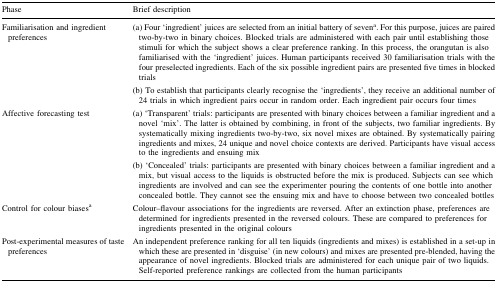
<table><thead><tr><td><b>Phase</b></td><td><b>Brief description</b></td></tr></thead><tbody><tr><td rowspan="2">Familiarisation and ingredient preferences</td><td>(a) Four ‘ingredient’ juices are selected from an initial battery of seven<sup>a</sup>. For this purpose, juices are paired two-by-two in binary choices. Blocked trials are administered with each pair until establishing those stimuli for which the subject shows a clear preference ranking. In this process, the orangutan is also familiarised with the ‘ingredient’ juices. Human participants received 30 familiarisation trials with the four preselected ingredients. Each of the six possible ingredient pairs are presented five times in blocked trials</td></tr><tr><td>(b) To establish that participants clearly recognise the ‘ingredients’, they receive an additional number of 24 trials in which ingredient pairs occur in random order. Each ingredient pair occurs four times</td></tr><tr><td rowspan="2">Affective forecasting test</td><td>(a) ‘Transparent’ trials: participants are presented with binary choices between a familiar ingredient and a novel ‘mix’. The latter is obtained by combining, in front of the subjects, two familiar ingredients. By systematically mixing ingredients two-by-two, six novel mixes are obtained. By systematically pairing ingredients and mixes, 24 unique and novel choice contexts are derived. Participants have visual access to the ingredients and ensuing mix</td></tr><tr><td>(b) ‘Concealed’ trials: participants are presented with binary choices between a familiar ingredient and a mix, but visual access to the liquids is obstructed before the mix is produced. Subjects can see which ingredients are involved and can see the experimenter pouring the contents of one bottle into another concealed bottle. They cannot see the ensuing mix and have to choose between two concealed bottles</td></tr><tr><td>Control for colour biases<sup>a</sup></td><td>Colour–flavour associations for the ingredients are reversed. After an extinction phase, preferences are determined for ingredients presented in the reversed colours. These are compared to preferences for ingredients presented in the original colours</td></tr><tr><td>Post-experimental measures of taste preferences</td><td>An independent preference ranking for all ten liquids (ingredients and mixes) is established in a set-up in which these are presented in ‘disguise’ (in new colours) and mixes are presented pre-blended, having the appearance of novel ingredients. Blocked trials are administered for each unique pair of two liquids. Self-reported preference rankings are collected from the human participants</td></tr></tbody></table>